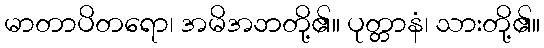
မာတာပိတရော၊ အမိအဘတို့၏။ ပုတ္တာနံ၊ သားတို့၏။